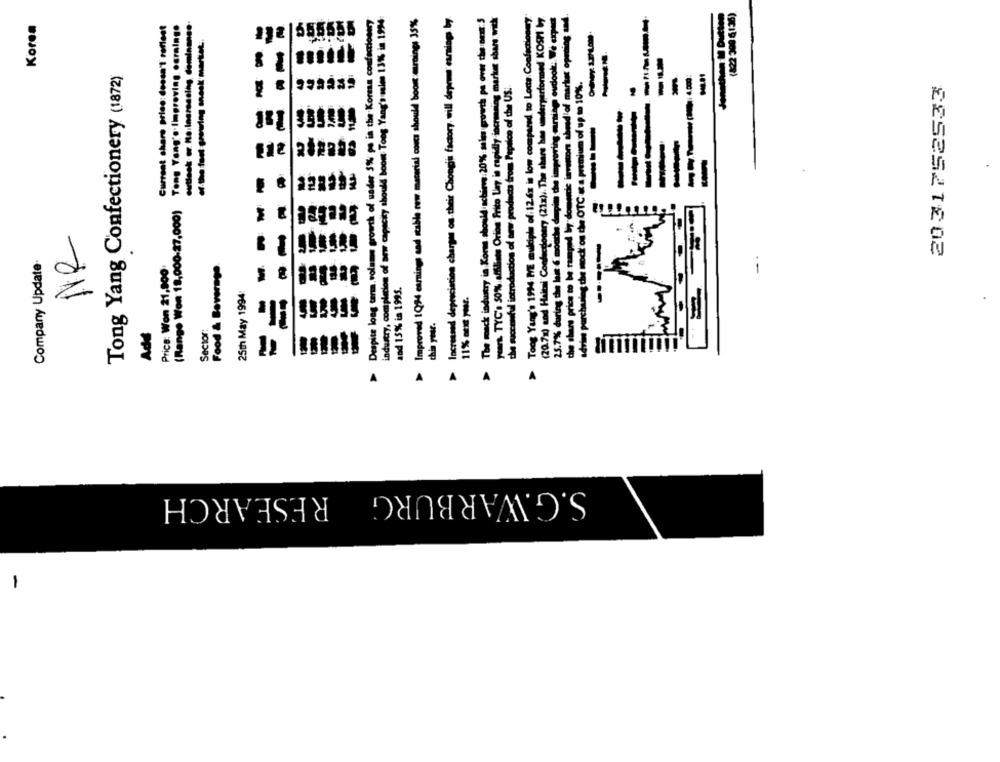
(822 309 6136)
outlook .z Ha Inarensing dominanso.
Despite long term, volume growth of usder 5% po in the Korea confectionwy
industry, completion of sew capacity should boom Toog. Yang's ale 13%% in.1994
Improved 1Q94 csmings and stable cow material concs should boost murnings 35%
Increased depreciation charges on their Chongju factory, will deprus earning by
The mack industry in Kors should schonve:20% mim growth ps over the Best 3
years. TYC's 50% affiliate Orion Frito Uny is rapidly increasing market share; with
Toog Yang's 1994 ME multiple of: 12.6x is low compared to Lotta: Confectionery.
(20.71) and Haitai' Confectionery (21x) ,. The share hes underperformed KOSPI 7
25.7% during the last 6 months degim the improving arting oudook: We cped
the share price to be ramped liy domeric investors ahead of market opening and
------
Koren
Current share price:dessn't reflest
Tong Yong' .. Improving. . oraing.
555555
332
Tong Yang Confectionery (1872)
advise purchasing chie mock on the OTC « a premium of up to 10%.
4.000
the successful introduction of arw/ products from Papelco of the US.
2031752533
---
512
M
(Range Won 18,000-27,000)
NR
Company Update-
Price: Won 21,900'
Food & Beverage
and 15% is 1995.
25th May 1994:
11% Duyur.
this year .
Sector:
Add
A
A
A
A
A
S.G.WARBURG RESEARCH
-